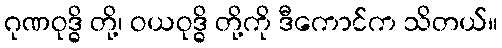
ဂုဏဝုဒ္ဓိ တို့၊ ဝယဝုဒ္ဓိ တို့ကို ဒီကောင်က သိတယ်။